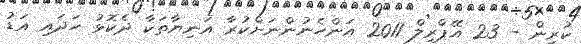
ކުރިން - 23 އޭޕްރިލް 2011 އަންހެނުންނަށްކުރާ އަނިޔާތަކާ ދެކޮޅު ހަދައި އަޑު